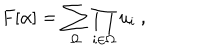
LaTeX: F [ \alpha ] = \sum _ { \Omega } \prod _ { i \in \Omega } u _ { i } \ ,